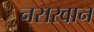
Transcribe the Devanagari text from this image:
नसरवान